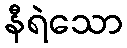
နီရဲသော